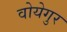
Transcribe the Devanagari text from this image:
वोयेगुर